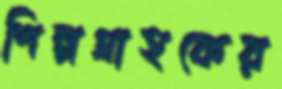
শিল্পগ্রাহকের